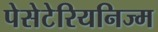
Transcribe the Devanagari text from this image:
पेसेटेरियनिज्म